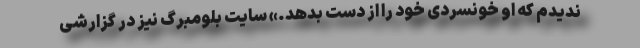
ندیدم که او خونسردی خود را از دست بدهد.» سایت بلومبرگ نیز در گزارشی